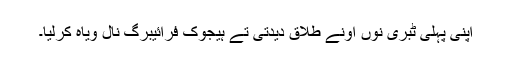
اپنی پہلی ٹبری نوں اونے طلاق دیدتی تے ہیجوک فرائیبرگ نال ویاہ کرلیا۔